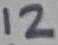
Text: 12